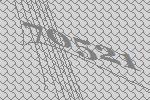
70521